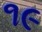
૧૯